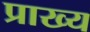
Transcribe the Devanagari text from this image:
प्राख्य